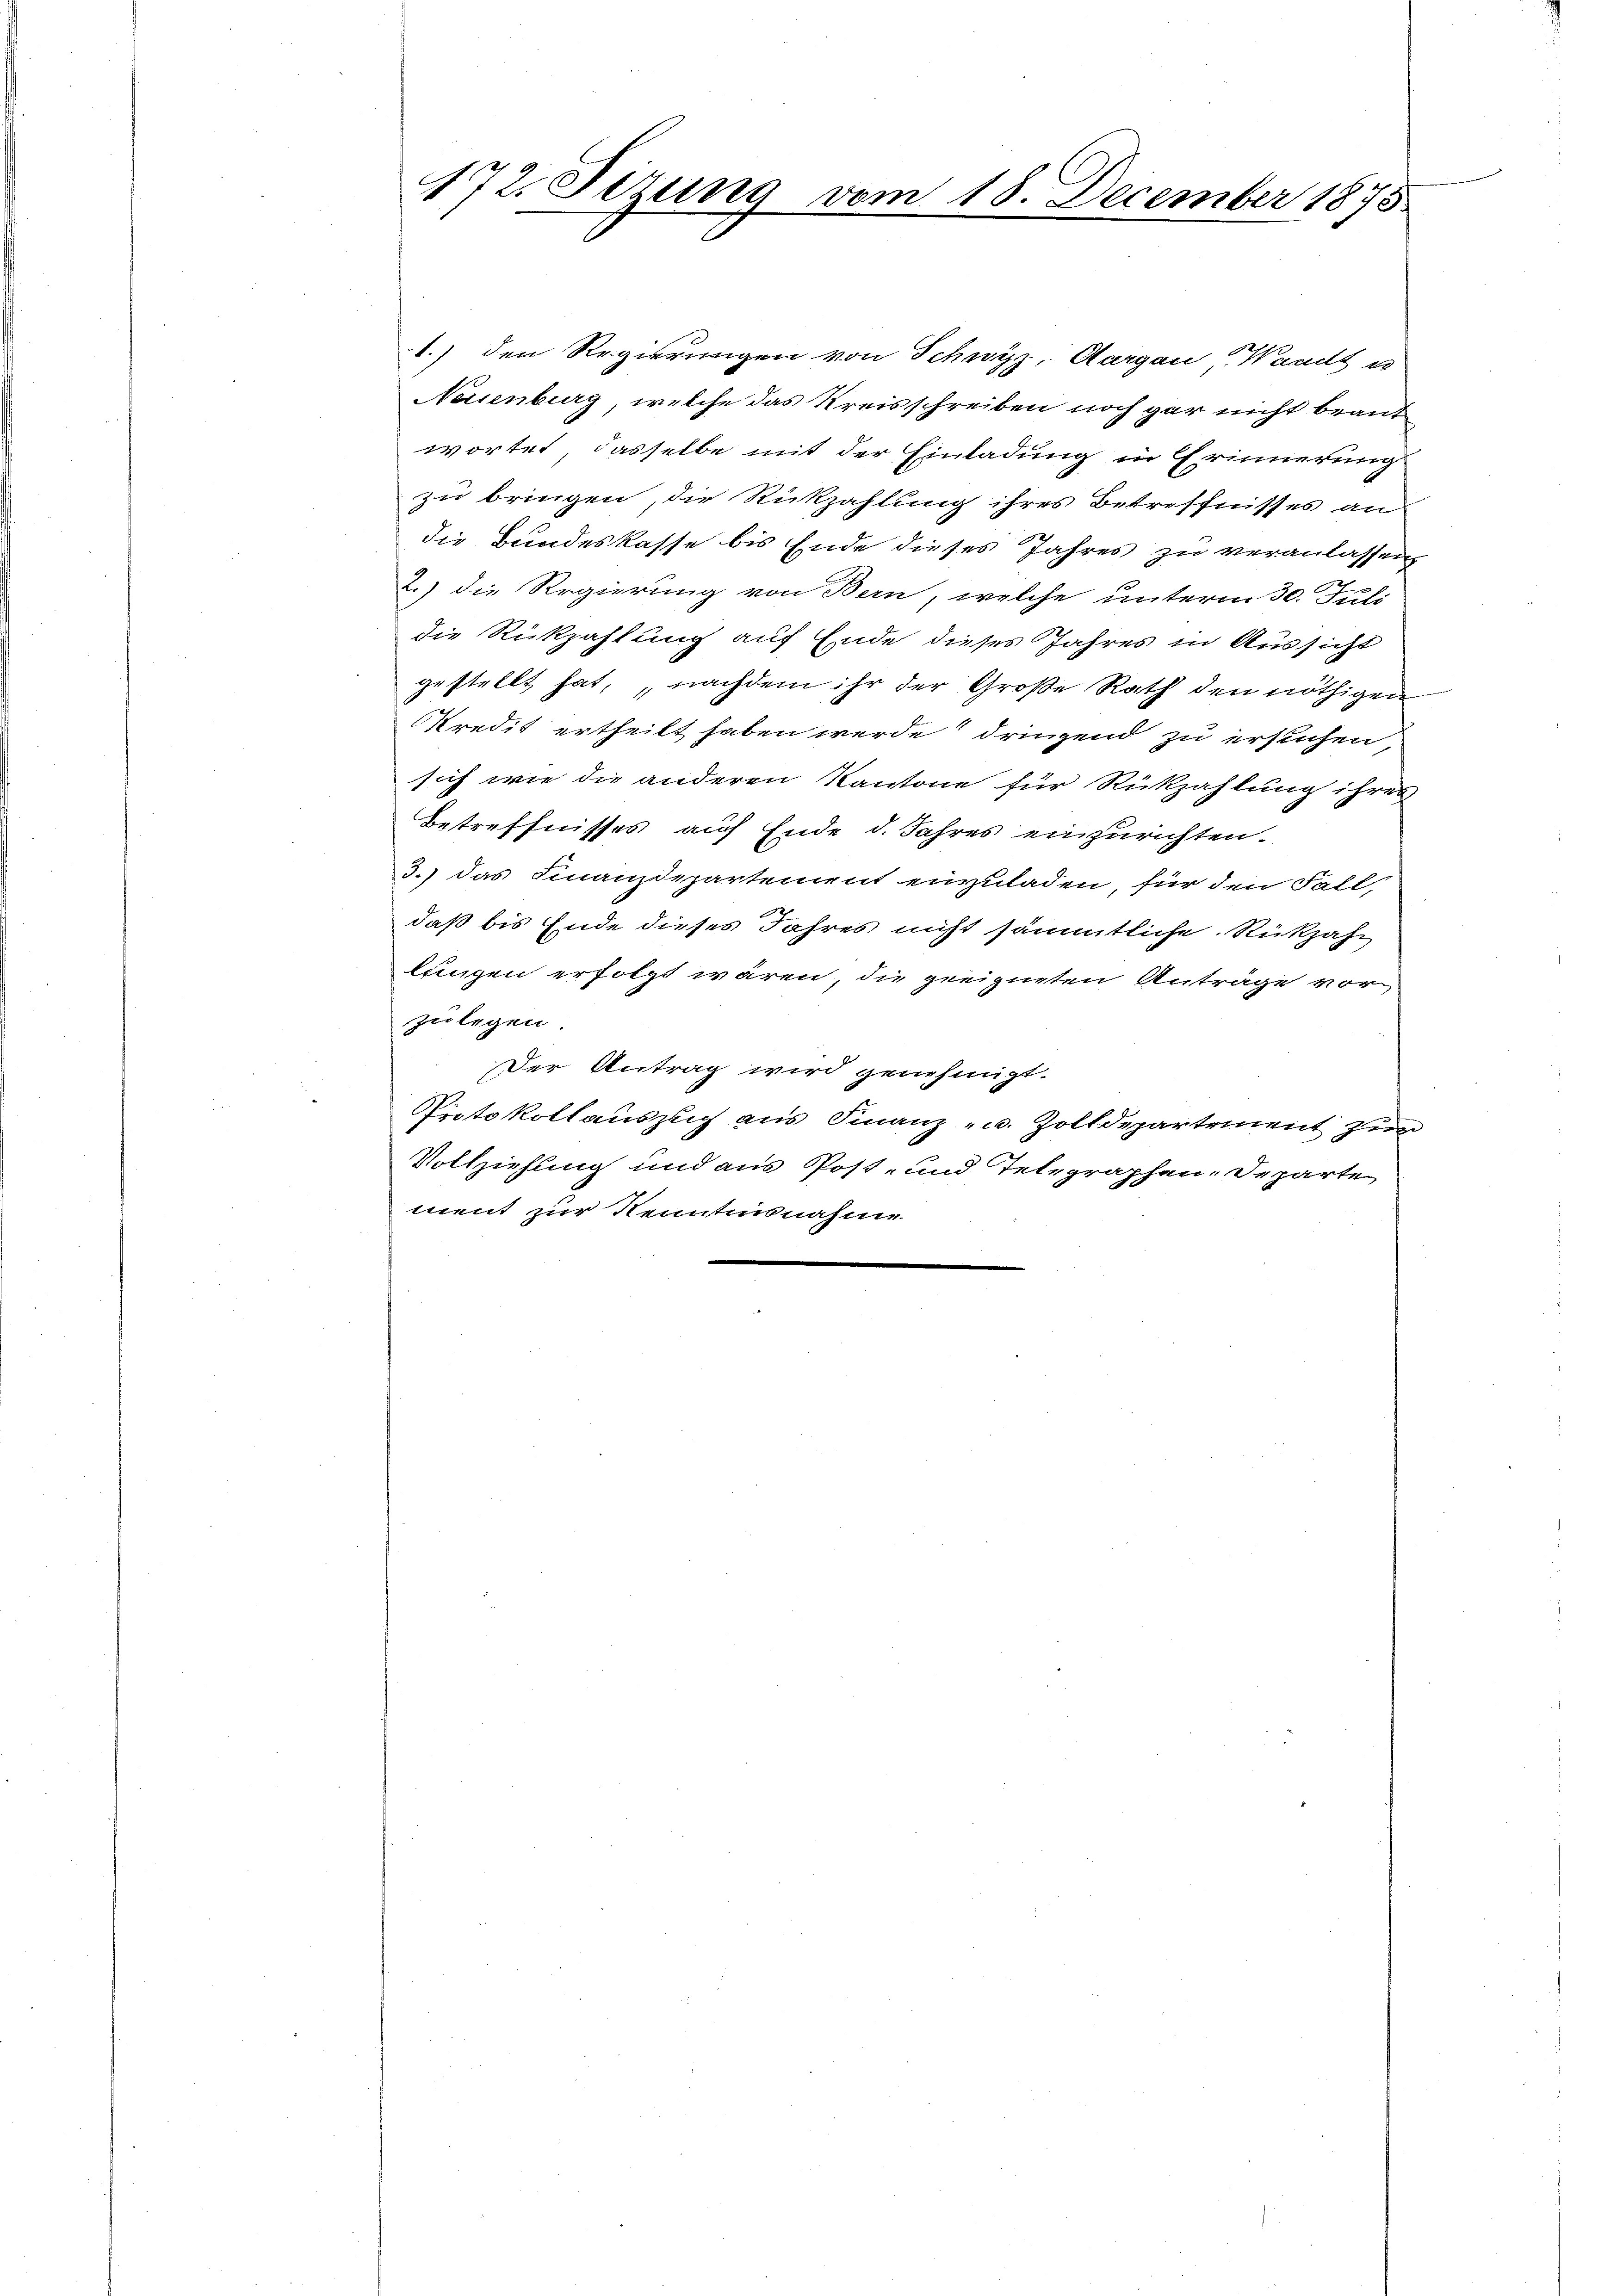
172. Sirung vom 18. December 1875

1.) den Regierungen von Schwyz, Aargau, Waadt u
Neuenburg, welche das Kreisschreiben noch gar nicht beantwortet, dasselbe mit der Einladung in Erinnerung
zu bringen, die Rückzahlung ihres Betreffnisses an
die Bundeskasse bis Ende dieses Jahres zu veranlassen
2.) die Regierung von Bern, welche unterm 30. Juli
die Rückzahlung auf Ende dieses Jahres in Aussicht
gestellt hat, nachdem ihr der Große Rath den nöthigen
Kredit ertheilt haben werde dringend zu ersuchen,
sich wie die anderen Kantone für Rückzahlung ihres
Betreffnisses auf Ende d. Jahres einzurichten.
3.) Das Finanzdepartement einzuladen, für den Fall,
daß bis Ende dieses Jahres nicht sämmtliche Rückzahn
lungen erfolgt wären, die geeigneten Anträge vorzulegen.
Der Antrag wird genehmigt.
Protokollauszeich aus Finanz u. Zolldepartement zur
Vollziehung und aus Post- und Telegraphen-Departe
¬
ment zur Kenntnisnahme